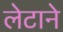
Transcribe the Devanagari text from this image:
लेटाने